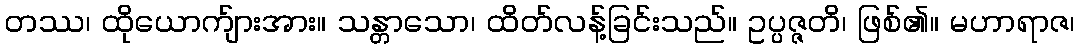
တဿ၊ ထိုယောက်ျားအား။ သန္တာသော၊ ထိတ်လန့်ခြင်းသည်။ ဥပ္ပဇ္ဇတိ၊ ဖြစ်၏။ မဟာရာဇ၊